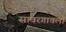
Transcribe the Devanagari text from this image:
सावरगावला